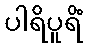
ပါရိပူရိံ